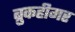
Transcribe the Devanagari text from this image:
ब्रुकहीमर